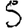
Digit: 5